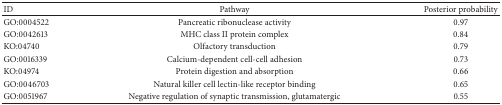
<table><thead><tr><td><b>ID</b></td><td><b>Pathway</b></td><td><b>Posterior probability</b></td></tr></thead><tbody><tr><td>GO:0004522</td><td>Pancreatic ribonuclease activity</td><td>0.97</td></tr><tr><td>GO:0042613</td><td>MHC class II protein complex</td><td>0.84</td></tr><tr><td>KO:04740</td><td>Olfactory transduction</td><td>0.79</td></tr><tr><td>GO:0016339</td><td>Calcium-dependent cell-cell adhesion</td><td>0.73</td></tr><tr><td>KO:04974</td><td>Protein digestion and absorption</td><td>0.66</td></tr><tr><td>GO:0046703</td><td>Natural killer cell lectin-like receptor binding</td><td>0.65</td></tr><tr><td>GO:0051967</td><td>Negative regulation of synaptic transmission, glutamatergic</td><td>0.55</td></tr></tbody></table>